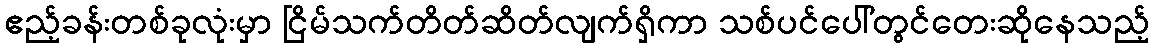
ဧည့်ခန်းတစ်ခုလုံးမှာ ငြိမ်သက်တိတ်ဆိတ်လျက်ရှိကာ သစ်ပင်ပေါ်တွင်တေးဆိုနေသည့်